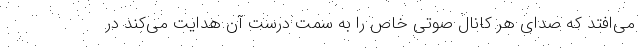
می‌افتد که صدای هر کانال صوتی خاص را به سمت درست آن هدایت می‌کند در